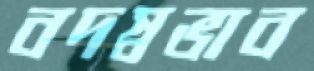
বদস্বভাব